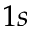
1 s